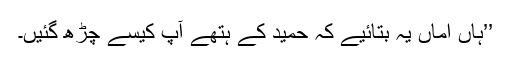
’’ہاں اماں یہ بتائیے کہ حمید کے ہتھّے آپ کیسے چڑھ گئیں۔